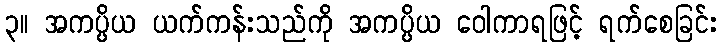
၃။ အကပ္ပိယ ယက်ကန်းသည်ကို အကပ္ပိယ ဝေါကာရဖြင့် ရက်စေခြင်း